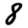
Digit: 8